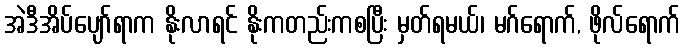
အဲဒီအိပ်ပျော်ရာက နိုးလာရင် နိုးကတည်းကစပြီး မှတ်ရမယ်၊ မဂ်ရောက်, ဖိုလ်ရောက်